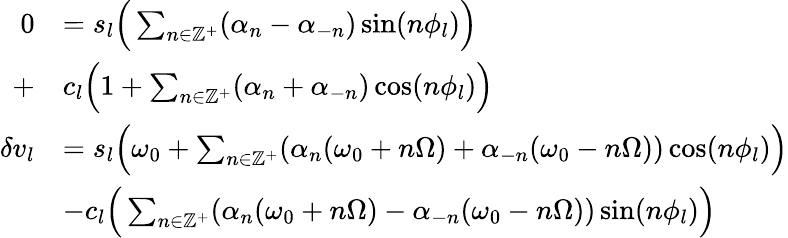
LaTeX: \begin{array}{rl}{0}&{=s_{l}\Big(\sum_{n\in\mathbb{Z}^{+}}(\alpha_{n}-\alpha_{-n})\sin(n\phi_{l})\Big)}\\ {+}&{c_{l}\Big(1+\sum_{n\in\mathbb{Z}^{+}}(\alpha_{n}+\alpha_{-n})\cos(n\phi_{l})\Big)}\\ {\delta v_{l}}&{=s_{l}\Big(\omega_{0}+\sum_{n\in\mathbb{Z}^{+}}(\alpha_{n}(\omega_{0}+n\Omega)+\alpha_{-n}(\omega_{0}-n\Omega))\cos(n\phi_{l})\Big)}\\ &{-c_{l}\Big(\sum_{n\in\mathbb{Z}^{+}}(\alpha_{n}(\omega_{0}+n\Omega)-\alpha_{-n}(\omega_{0}-n\Omega))\sin(n\phi_{l})\Big)}\end{array}